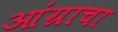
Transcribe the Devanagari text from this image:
आंग्राचा